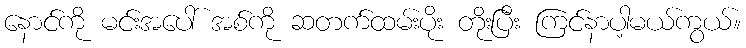
နောင်ကို မင်းအပေါ် အစ်ကို ဆတက်ထမ်းပိုး တိုးပြီး ကြင်နာပါ့မယ်ကွယ်။